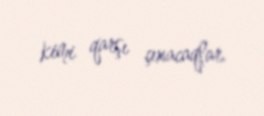
kimi qarşı çıxacaqlar.